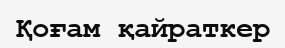
Қоғам қайраткер